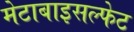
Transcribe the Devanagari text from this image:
मेटाबाइसल्फेट